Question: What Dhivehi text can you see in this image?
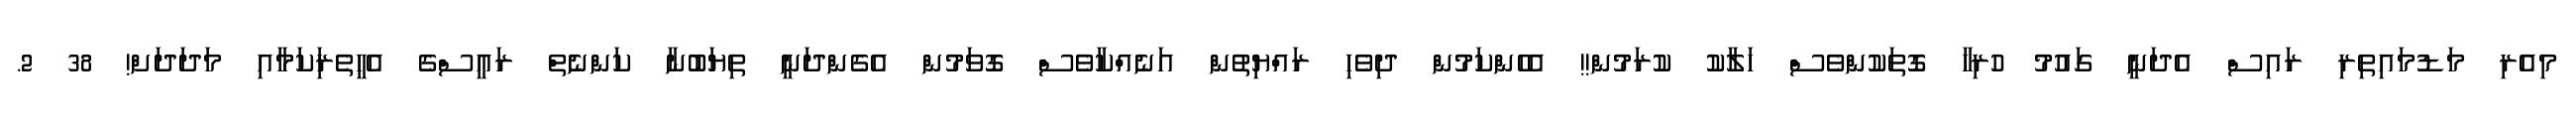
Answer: މިއެރި މަޑުމައިތިރި ރައިސް އެދަނީ ގައުމު ހުރިހާ ގޮތަކުންވެސް ހަލާކު ކުރަމުން!! އެހެންކަމުން ދިވެހި ރައްޔިތުން އަނެއްކާވެސް ގޮވަމުން އެގެންދަނީ ތިޔަބުނާ ކަންނެތް ރައީސްގެ އެހީތެރިަކަމާއި މަދަދަށް! 38 2.